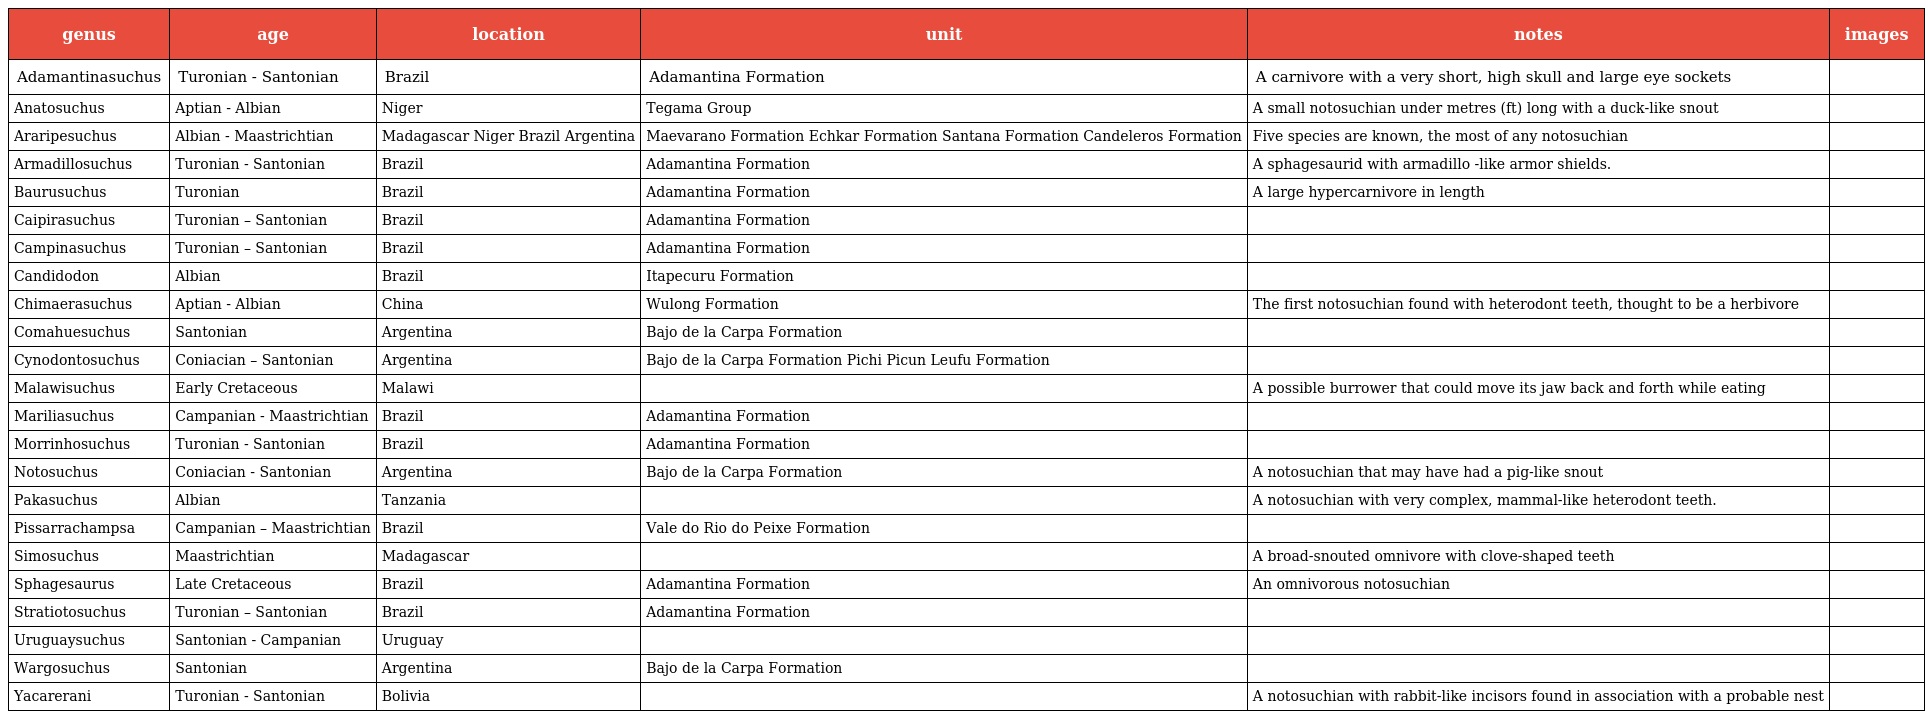
| genus | age | location | unit | notes | images |
 | --- | --- | --- | --- | --- | --- |
 | Adamantinasuchus | Turonian - Santonian | Brazil | Adamantina Formation | A carnivore with a very short, high skull and large eye sockets |  |
 | Anatosuchus | Aptian - Albian | Niger | Tegama Group | A small notosuchian under metres (ft) long with a duck-like snout |  |
 | Araripesuchus | Albian - Maastrichtian | Madagascar Niger Brazil Argentina | Maevarano Formation Echkar Formation Santana Formation Candeleros Formation | Five species are known, the most of any notosuchian |  |
 | Armadillosuchus | Turonian - Santonian | Brazil | Adamantina Formation | A sphagesaurid with armadillo -like armor shields. |  |
 | Baurusuchus | Turonian | Brazil | Adamantina Formation | A large hypercarnivore in length |  |
 | Caipirasuchus | Turonian – Santonian | Brazil | Adamantina Formation |  |  |
 | Campinasuchus | Turonian – Santonian | Brazil | Adamantina Formation |  |  |
 | Candidodon | Albian | Brazil | Itapecuru Formation |  |  |
 | Chimaerasuchus | Aptian - Albian | China | Wulong Formation | The first notosuchian found with heterodont teeth, thought to be a herbivore |  |
 | Comahuesuchus | Santonian | Argentina | Bajo de la Carpa Formation |  |  |
 | Cynodontosuchus | Coniacian – Santonian | Argentina | Bajo de la Carpa Formation Pichi Picun Leufu Formation |  |  |
 | Malawisuchus | Early Cretaceous | Malawi |  | A possible burrower that could move its jaw back and forth while eating |  |
 | Mariliasuchus | Campanian - Maastrichtian | Brazil | Adamantina Formation |  |  |
 | Morrinhosuchus | Turonian - Santonian | Brazil | Adamantina Formation |  |  |
 | Notosuchus | Coniacian - Santonian | Argentina | Bajo de la Carpa Formation | A notosuchian that may have had a pig-like snout |  |
 | Pakasuchus | Albian | Tanzania |  | A notosuchian with very complex, mammal-like heterodont teeth. |  |
 | Pissarrachampsa | Campanian – Maastrichtian | Brazil | Vale do Rio do Peixe Formation |  |  |
 | Simosuchus | Maastrichtian | Madagascar |  | A broad-snouted omnivore with clove-shaped teeth |  |
 | Sphagesaurus | Late Cretaceous | Brazil | Adamantina Formation | An omnivorous notosuchian |  |
 | Stratiotosuchus | Turonian – Santonian | Brazil | Adamantina Formation |  |  |
 | Uruguaysuchus | Santonian - Campanian | Uruguay |  |  |  |
 | Wargosuchus | Santonian | Argentina | Bajo de la Carpa Formation |  |  |
 | Yacarerani | Turonian - Santonian | Bolivia |  | A notosuchian with rabbit-like incisors found in association with a probable nest |  |